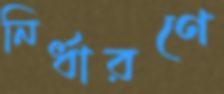
নির্ধারণে